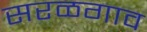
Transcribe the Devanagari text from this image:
सरळगाव